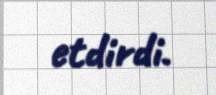
etdirdi.